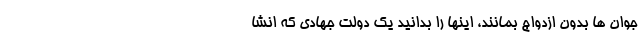
جوان ها بدون ازدواج بمانند، اینها را بدانید یک دولت جهادی که انشا